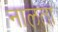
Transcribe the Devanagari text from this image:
नालता